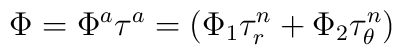
\Phi= \Phi^a\tau^a = \left(\Phi_1 \tau_r^{n}+\Phi_2 \tau_\theta^{n}\right)\